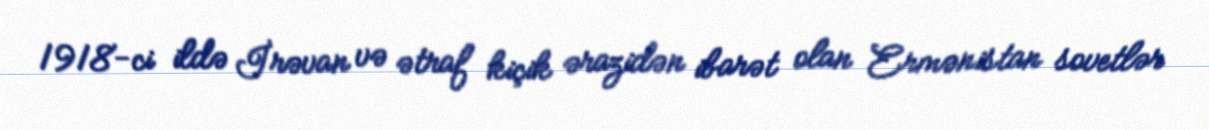
1918-ci ildə İrəvan və ətraf kiçik ərazidən ibarət olan Ermənistan sovetlər